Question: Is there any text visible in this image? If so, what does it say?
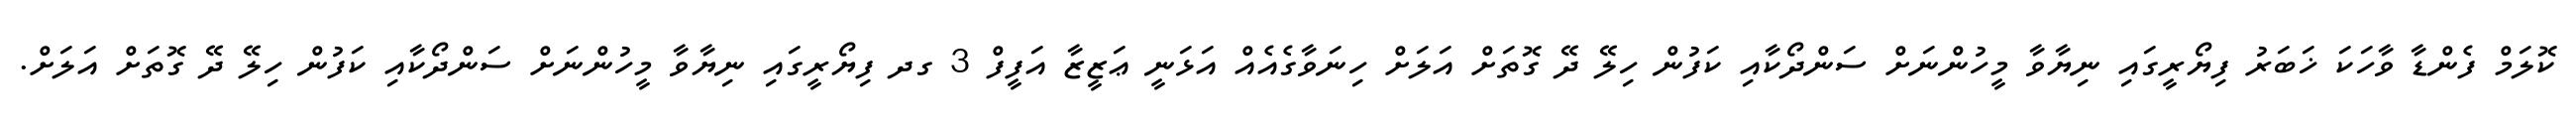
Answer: ކޮލަމް ފެންޑާ ވާހަކަ ޚަބަރު ފިޔޯރީގައި ނިޔާވާ މީހުންނަށް ސަންދޯކާއި ކަފުން ހިލޭ ދޭ ގޮތަށް އަލަށް ހިނަވާގެއެއް އަޅަނީ ޢަޒީޒާ އަފީފް 3 ގދ ފިޔޯރީގައި ނިޔާވާ މީހުންނަށް ސަންދޯކާއި ކަފުން ހިލޭ ދޭ ގޮތަށް އަލަށް.